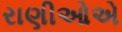
રાણીઓએ